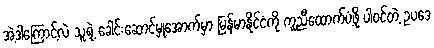
အဲ့ဒါကြောင့်လဲ သူ့ရဲ့ ခေါင်းဆောင်မှုအောက်မှာ မြန်မာနိုင်ငံကို ကူညီထောက်ပံ့ဖို့ ပါဝင်တဲ့ ဥပဒေ